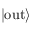
| \mathrm { o u t } \rangle